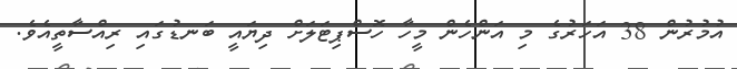
އުމުރުން 38 އަހަރުގެ މި އަންހެން މީހާ ހޮސްޕިޓަލަށް ދިޔައީ ބަނޑުގައި ރިއްސާތީއެވެ.